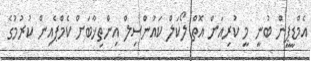
އެމްޑީޕީން ބުނީ މީ ކުރިއަށް އޮތް ލޯކަލް ކައުންސިލް އިންތިޚާބަށް ކެމްޕެއިން ކުރުމުގެ